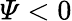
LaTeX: \varPsi<0